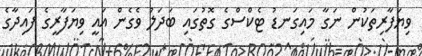
ވިޔަފާރިތަކުން ނަގާ މައިގަނޑު ޓެކްސްގެ ގޮތުގައި ބަދަލު ވެގެން އައީ ވިޔަފާރީގެ ފައިދާގެ